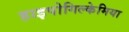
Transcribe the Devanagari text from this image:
हाइपोगिल्केमिया